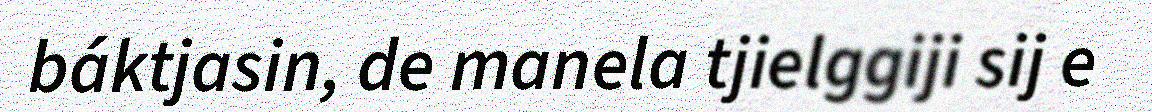
báktjasin, de manela tjielggiji sij e